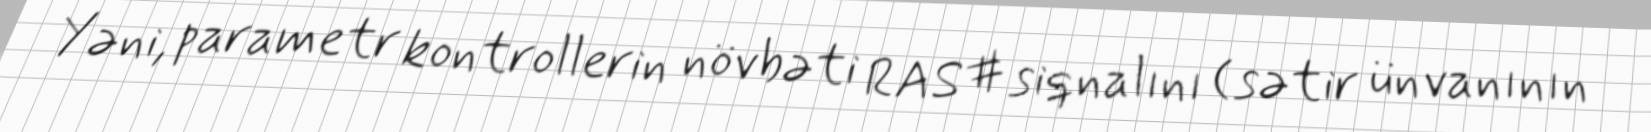
Yəni, parametr kontrollerin növbəti RAS# siqnalını (sətir ünvanının